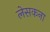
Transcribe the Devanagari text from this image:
लेसकना